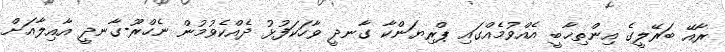
ރާއޭ ބަރޭލީގެ އިންތިޚާބީ އެއްވުމެއްގައި ޕްރިޔަންކާ ގާނދީ ވާހަކަފުޅު ދެއްކެވުމުން ނެހްރޫ-ގާނދީ އާއިލާއަށް